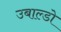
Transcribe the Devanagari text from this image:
उबाल्डो